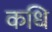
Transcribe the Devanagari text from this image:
कधि